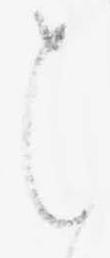
ま